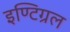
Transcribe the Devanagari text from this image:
इण्टिग्रल